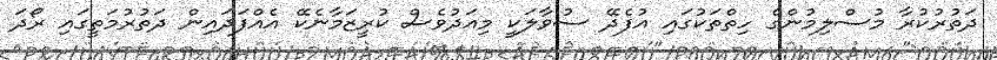
ދަތުރުކުރާ މުސްލިމުންގެ ހިތްތަކުގައި އުފެދޭ ސުވާލަކީ މިއަދުވެސް ކުރީޒަމާނެކޭ އެއްފަދައިން ދަތުރުމަތީގައި ރޯދަ